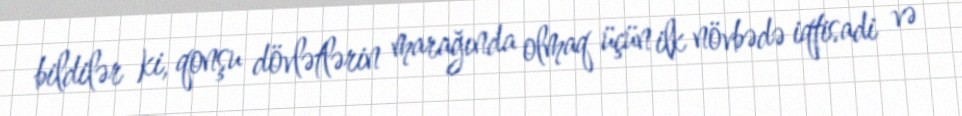
bildilər ki, qonşu dövlətlərin marağında olmaq üçün ilk növbədə iqtisadi və